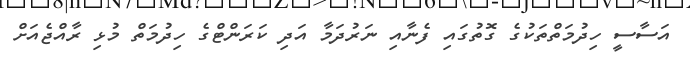
އަސާސީ ހިދުމަތްތަކުގެ ގޮތުގައި ފެނާއި ނަރުދަމާ އަދި ކަރަންޓްގެ ހިދުމަތް މުޅި ރާއްޖެއަށް